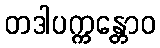
တဒါပက္ကန္တောဝ